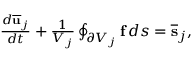
\begin{array} { r } { \frac { d { \bf \overline { { u } } } _ { j } } { d t } + \frac { 1 } { V _ { j } } \oint _ { \partial V _ { j } } { \bf f } \, d s = { \bf \overline { { s } } } _ { j } , } \end{array}